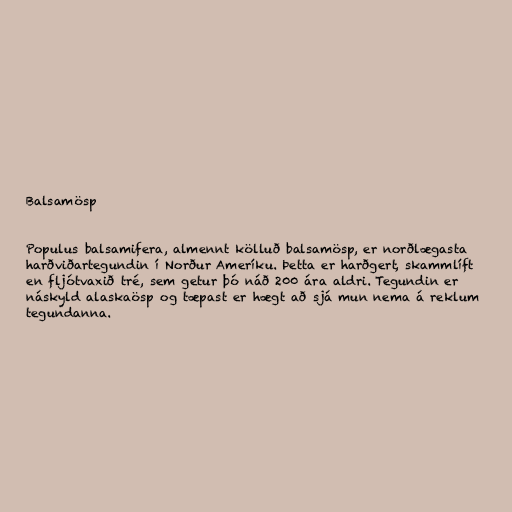
Balsamösp

Populus balsamifera, almennt kölluð balsamösp, er norðlægasta
harðviðartegundin í Norður Ameríku. Þetta er harðgert, skammlíft
en fljótvaxið tré, sem getur þó náð 200 ára aldri. Tegundin er
náskyld alaskaösp og tæpast er hægt að sjá mun nema á reklum
tegundanna.